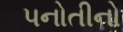
પનોતીનો